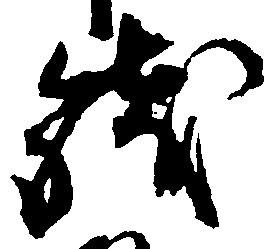
銭